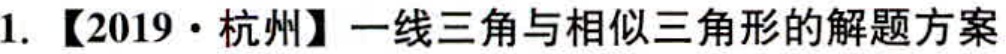
1. 【2019·杭州】一线三角与相似三角形的解题方案